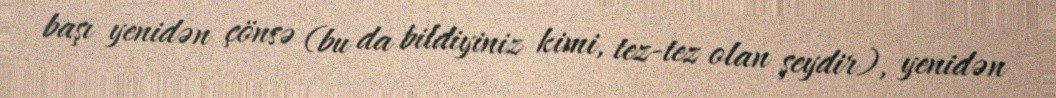
başı yenidən çönsə (bu da bildiyiniz kimi, tez-tez olan şeydir), yenidən